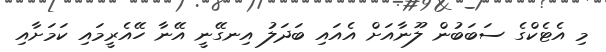
މި އެޓެކްގެ ސަބަބުން ލޫނާއަށް އެއައި ބަދަލު އިނގޭނީ އޭނާ ހޭއެރީމައި ކަމަށާއި